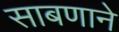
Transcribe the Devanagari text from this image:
साबणाने